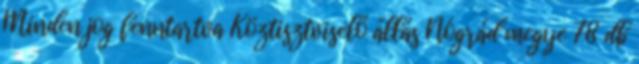
Minden jog fenntartva Köztisztviselő állás Nógrád megye 78 db